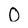
Character: 0